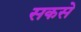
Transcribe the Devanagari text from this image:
सकसे